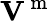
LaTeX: {\mathbf V}^{\mathrm{~m~}}